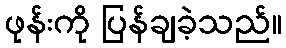
ဖုန်းကို ပြန်ချခဲ့သည်။